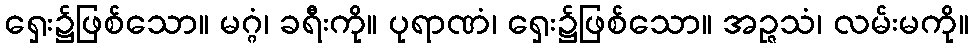
ရှေး၌ဖြစ်သော။ မဂ္ဂံ၊ ခရီးကို။ ပုရာဏံ၊ ရှေး၌ဖြစ်သော။ အဉ္ဇသံ၊ လမ်းမကို။